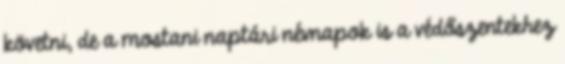
követni, de a mostani naptári névnapok is a védőszentekhez